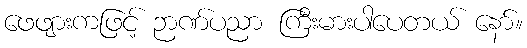
ဖေဖျားကဖြင့် ဉာဏ်ပညာ ကြီးမားပါပေတယ် နော်။